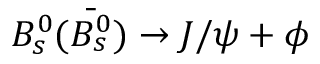
B _ { s } ^ { 0 } ( \bar { B _ { s } ^ { 0 } } ) \rightarrow J / \psi + \phi